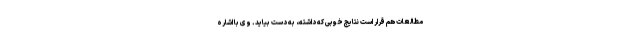
مطالعات هم قرار است نتایج خوبی که داشته، به دست بیاید. وی با اشاره